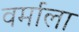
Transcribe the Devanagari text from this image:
वर्माला